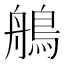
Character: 鵃